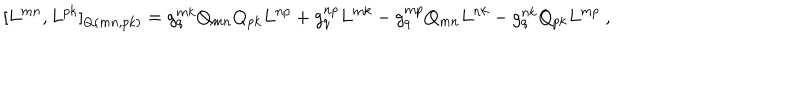
[ L ^ { m n } , L ^ { p k } ] _ { Q ( m n , p k ) } = g _ { q } ^ { m k } Q _ { m n } Q _ { p k } L ^ { n p } + g _ { q } ^ { n p } L ^ { m k } - g _ { q } ^ { m p } Q _ { m n } L ^ { n k } - g _ { q } ^ { n k } Q _ { p k } L ^ { m p } \ ,